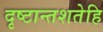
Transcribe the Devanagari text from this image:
दृष्टान्तशतेहि